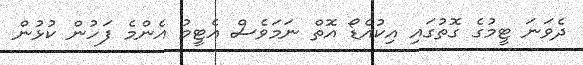
ދެވަނަ ޓީމުގެ ގޮތުގައި އިކުއެޑޯ އޮތް ނަމަވެސް އެޓީމު އެންމެ ފަހުން ކުޅުން